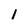
Character: 1